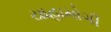
યાહામોગી